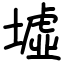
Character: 墟